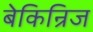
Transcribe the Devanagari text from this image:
बेकिन्रिज